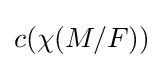
c(\chi (M/F))